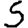
Digit: 5